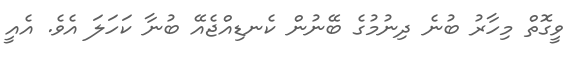
ވީގޮތް މިހާރު ބުނެ ދިނުމުގެ ބޭނުން ކެނޑިއްޖެއޭ ބުނާ ކަހަލަ އެވެ. އެއީ